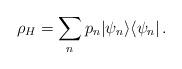
LaTeX: \begin{align*}\rho_{H}= \sum_{n}p_{n} |\psi_{n}\rangle \langle \psi_{n}|\, .\end{align*}